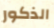
الذكور